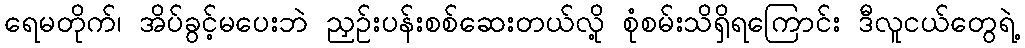
ရေမတိုက်၊ အိပ်ခွင့်မပေးဘဲ ညှဉ်းပန်းစစ်ဆေးတယ်လို့ စုံစမ်းသိရှိရကြောင်း ဒီလူငယ်တွေရဲ့